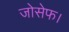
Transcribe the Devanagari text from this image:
जोसेफ।